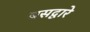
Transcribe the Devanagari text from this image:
बसद्वारे